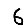
Digit: 6